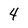
Character: 4